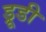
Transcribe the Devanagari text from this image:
ड्रूडी